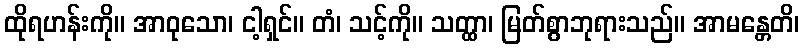
ထိုရဟန်းကို။ အာဝုသော၊ ငါ့ရှင်။ တံ၊ သင့်ကို။ သတ္ထာ၊ မြတ်စွာဘုရားသည်။ အာမန္တေတိ၊